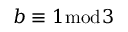
b \equiv 1 { \bmod { 3 } }